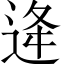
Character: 逄